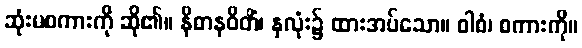
ဆုံးမစကားကို ဆို၏။ နိဓာနဝိတိံ၊ နှလုံး၌ ထားအပ်သော။ ဝါစံ၊ စကားကို။